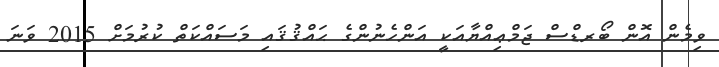
ވިމެން އޮން ބޯރޑްސް ޖަމްޢިއްޔާއަކީ އަންހެނުންގެ ޙައްޤުޤައި މަސައްކަތް ކުރުމަށް 2015 ވަނަ